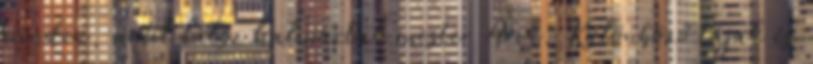
minden, amit látsz halmoztak mester Arik. Különböző tájak és